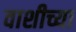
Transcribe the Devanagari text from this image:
वाशीच्या